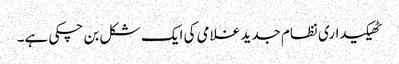
ٹھیکیداری نظام جدید غلامی کی ایک شکل بن چکی ہے۔